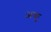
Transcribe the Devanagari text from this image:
अकु